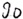
Text: 90